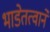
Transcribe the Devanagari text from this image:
भाडेतत्वाने